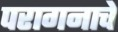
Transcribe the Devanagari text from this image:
परागनाचे